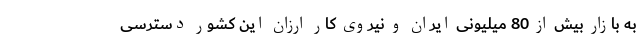
به بازار بیش از 80 میلیونی ایران و نیروی کار ارزان این کشور دسترسی